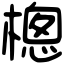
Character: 樬